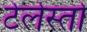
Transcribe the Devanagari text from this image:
टेलेस्तो